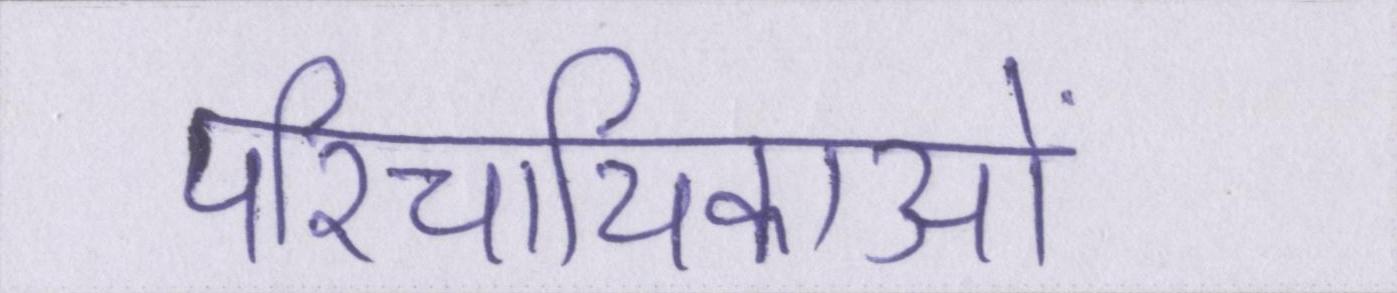
परिचायिकाओं